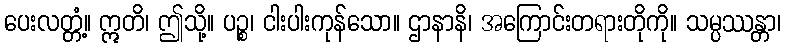
ပေးလတ္တံ့။ ဣတိ၊ ဤသို့။ ပဉ္စ၊ ငါးပါးကုန်သော။ ဌာနာနိ၊ အကြောင်းတရားတိုကို။ သမ္ပဿန္တာ၊